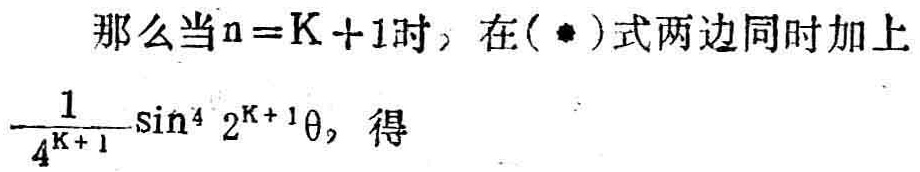
那么当\(n = K + 1\)时，在(\(*\))式两边同时加上
\(\frac{1}{4^{K + 1}}\sin^{4} 2^{K + 1}\theta\)，得